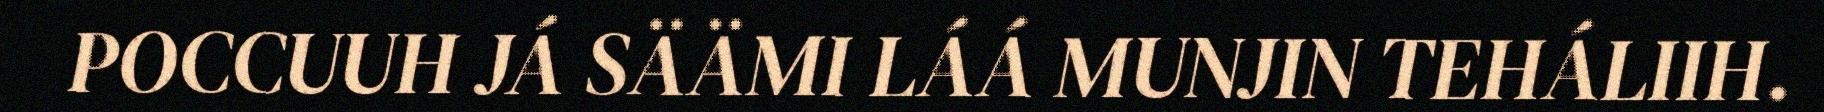
POCCUUH JÁ SÄÄMI LÁÁ MUNJIN TEHÁLIIH.